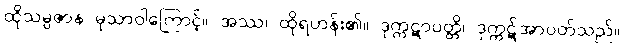
ထိုသမ္ပဇာန မုသာဝါကြောင့်။ အဿ၊ ထိုရဟန်း၏။ ဒုက္ကဋာပတ္တိ၊ ဒုက္ကဋ်အာပတ်သည်။